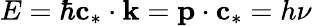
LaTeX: E=\hbar\textbf{c}_{*}\cdot\textbf{k}=\textbf{p}\cdot\textbf{c}_{*}=h\nu